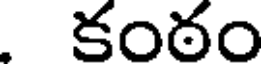
కంఠం